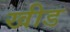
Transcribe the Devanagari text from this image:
खीड